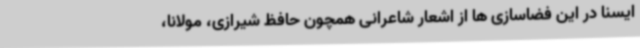
ایسنا در این فضاسازی ها از اشعار شاعرانی همچون حافظ شیرازی، مولانا،